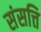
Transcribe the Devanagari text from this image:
संसत्ति